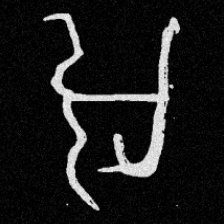
Pyu character \u2014 Myanmar letter: အ (romanized: a)